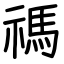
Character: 禡